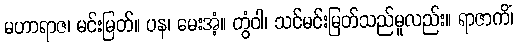
မဟာရာဇ၊ မင်းမြတ်။ ပန၊ မေးအံ့။ တွံဝါ၊ သင်မင်းမြတ်သည်မူလည်း။ ရာဇာကိံ၊